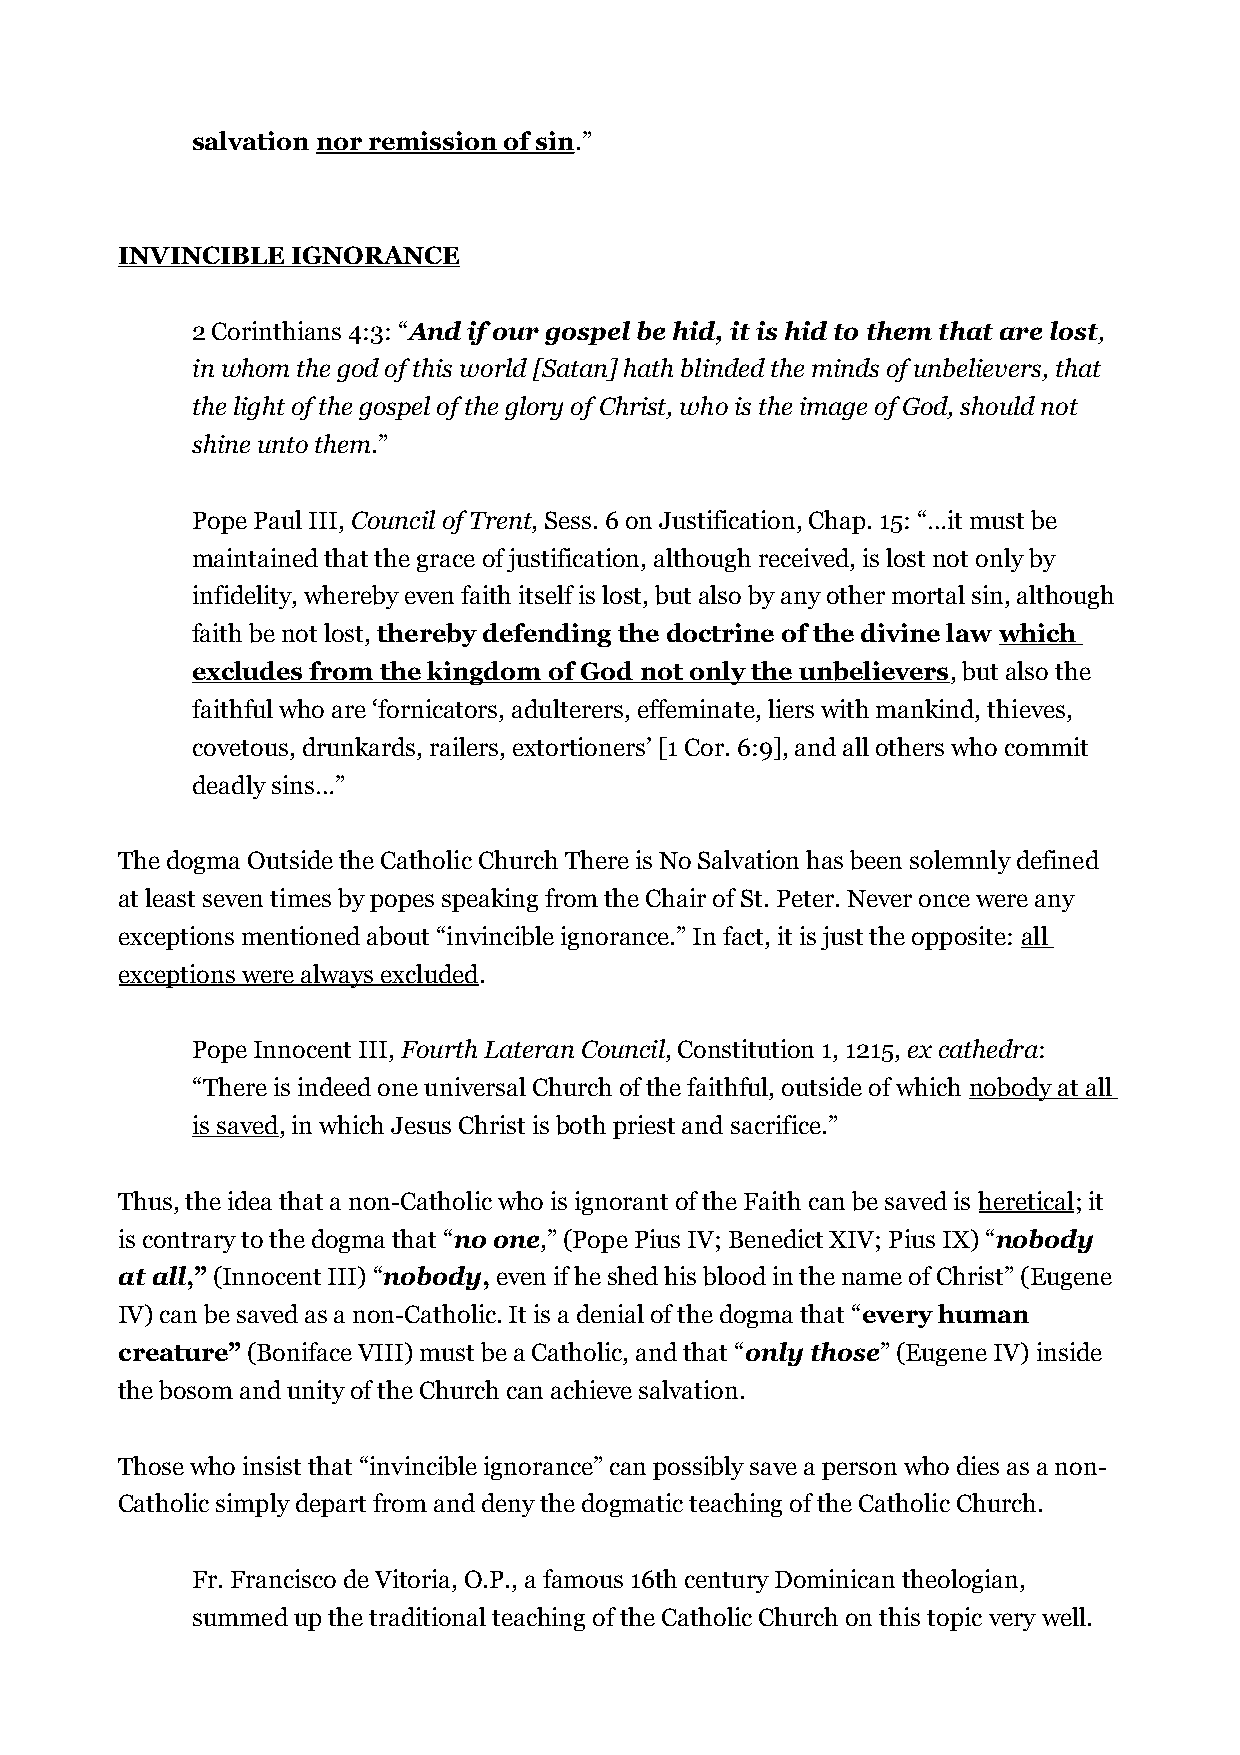
salvation nor remission of sin.”
 INVINCIBLE IGNORANCE
 2 Corinthians 4:3: “And if our gospel be hid, it is hid to them that are lost,
 in whom the god of this world [Satan] hath blinded the minds of unbelievers, that
 the light of the gospel of the glory of Christ, who is the image of God, should not
 shine unto them.”
 Pope Paul III, Council of Trent, Sess. 6 on Justification, Chap. 15: “…it must be
 maintained that the grace of justification, although received, is lost not only by
 infidelity, whereby even faith itself is lost, but also by any other mortal sin, although
 faith be not lost, thereby defending the doctrine of the divine law which
 excludes from the kingdom of God not only the unbelievers, but also the
 faithful who are ‘fornicators, adulterers, effeminate, liers with mankind, thieves,
 covetous, drunkards, railers, extortioners’ [1 Cor. 6:9], and all others who commit
 deadly sins…”
 The dogma Outside the Catholic Church There is No Salvation has been solemnly defined
 at least seven times by popes speaking from the Chair of St. Peter. Never once were any
 exceptions mentioned about “invincible ignorance.” In fact, it is just the opposite: all
 exceptions were always excluded.
 Pope Innocent III, Fourth Lateran Council, Constitution 1, 1215, ex cathedra:
 “There is indeed one universal Church of the faithful, outside of which nobody at all
 is saved, in which Jesus Christ is both priest and sacrifice.”
 Thus, the idea that a non-Catholic who is ignorant of the Faith can be saved is heretical; it
 is contrary to the dogma that “no one,” (Pope Pius IV; Benedict XIV; Pius IX) “nobody
 at all,” (Innocent III) “nobody, even if he shed his blood in the name of Christ” (Eugene
 IV) can be saved as a non-Catholic. It is a denial of the dogma that “every human
 creature” (Boniface VIII) must be a Catholic, and that “only those” (Eugene IV) inside
 the bosom and unity of the Church can achieve salvation.
 Those who insist that “invincible ignorance” can possibly save a person who dies as a non-
 Catholic simply depart from and deny the dogmatic teaching of the Catholic Church.
 Fr. Francisco de Vitoria, O.P., a famous 16th century Dominican theologian,
 summed up the traditional teaching of the Catholic Church on this topic very well.